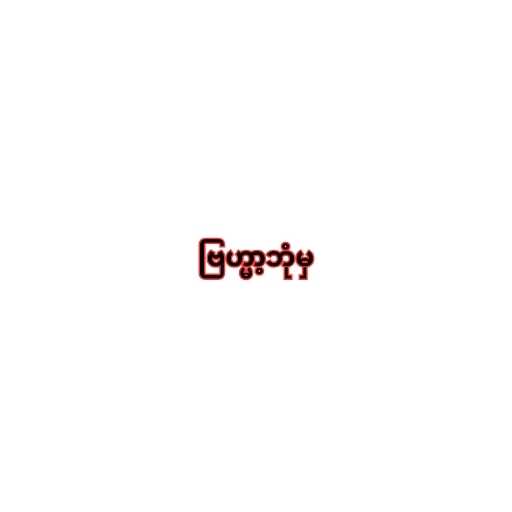
ဗြဟ္မာ့ဘုံမှ